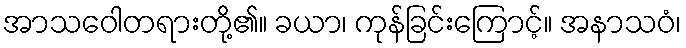
အာသဝေါတရားတို့၏။ ခယာ၊ ကုန်ခြင်းကြောင့်။ အနာသဝံ၊